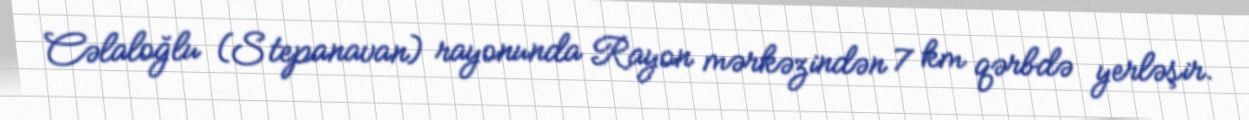
Cəlaloğlu (Stepanavan) rayonunda Rayon mərkəzindən 7 km qərbdə yerləşir.